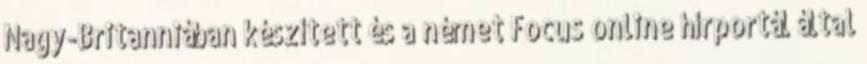
Nagy-Britanniában készített és a német Focus online hírportál által